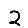
Digit: 2